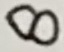
Text: 8